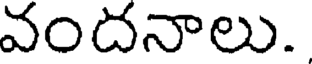
వందనాలు.